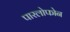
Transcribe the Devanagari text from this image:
पारलोफोन